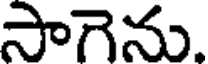
సాగెను.